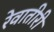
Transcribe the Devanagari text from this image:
रेवातीरी